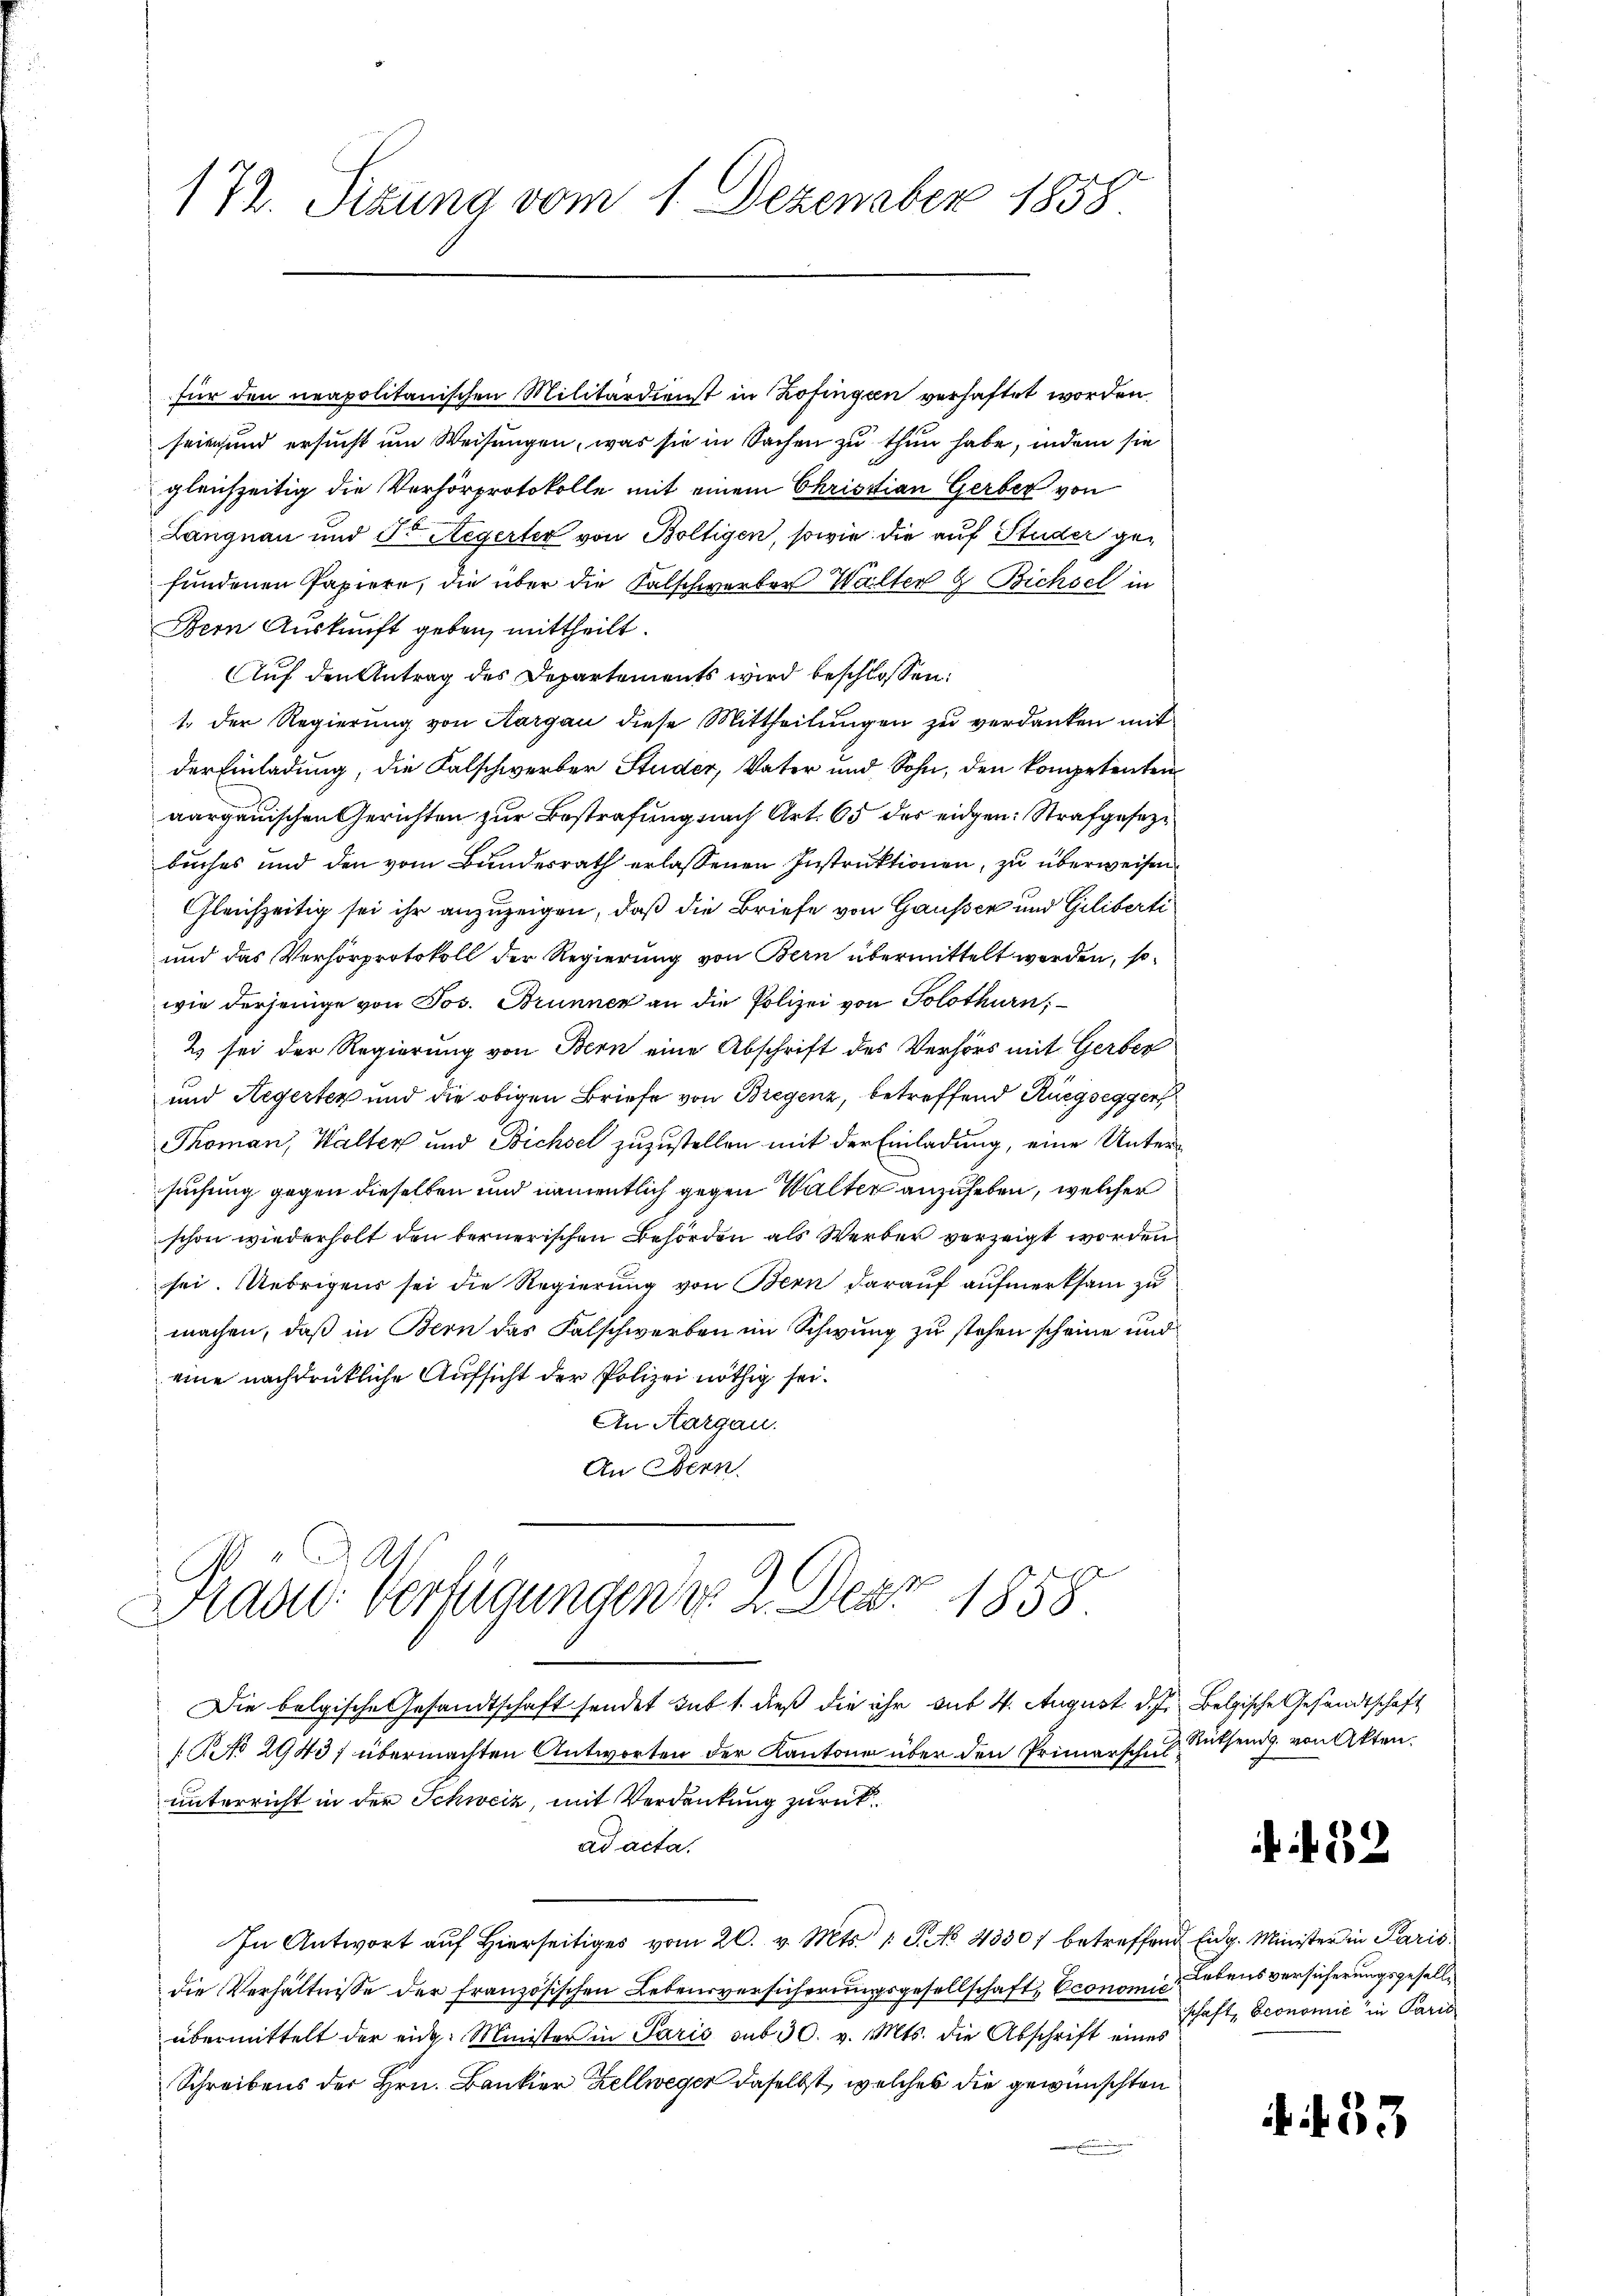
172. Sizung vom 1. Dezember 1858

für den neapolitanischen Militärdienst in Zofingen verhaftet worden
sriesund ersucht um Weisungen, was sie in Sachen zu thun habe, indem sie
gleichzeitig die Verhörprotokolle mit einem Christian Gerber von
Langnau und F. Aegerter von Boltigen, sowie die auf Studer gefundenen Papiere, die über die Falschwerter Walter 2 Bichsel in
Bern Auskunft geben, mittheilt.
Auf den Antrag des Departements wird beschlossen:
1. Der Regierung von Aargau diese Mittheilungen zu verdanken mit
der Einladung, die Falschwerber Studer, Vater und Sohn, den kompetenten
aargauischen Gerichten zur Bestrafung nach Art. 65 des eidgen: Strafgesezbuches und den vom Bundesrath erlassenen Instruktionen, zu überweisen
Gleichzeitig sei ihr anzuzeigen, daß die Briefe von Gausser und Giliberti
und das Verhörprotokoll der Regierung von Bern übermittelt worden, so
wie derjenige von Jos. Brunner an die Polizei von Solothurn,
2 sei der Regierung von Bern eine Abschrift des Verhörs mit Gerber
und Aegerten und die obigen Briefe von Bregenz, betreffend Rüegsegger
Thoman, Walter und Bichsel zuzustellen mit der Einladung, eine Untersuchung gegen dieselben und namentlich gegen Walter anzuheben, welcher
schon wiederholt den bernerischen Behörden als Werber verzeigt worden
sei. Uebrigens sei die Regierung von Bern darauf aufmerksam zu
machen, daß in Bern das Falschwerben im Schwung zu stehen scheine und
eine nachdrückliche Aufsicht der Polizei nöthig sei.
An Aargau.
An Bern
321
Prand Verfügungen d. 2. Der 1858.
Die belgische Gesandtschaft sendet sub 1. dieß die ihr sub 4. August. d. J. belgische Gesandtschaft
[Rck 29437 übermachten Antworten der Kantone über den Primarschulunterricht in der Schweiz, mit Verdankung zurück
ad acta.
In Antwort aŭf hierseitiges vom 20. v. Mts. 1. G. No. 4330) betreffend Eidg. Minister in Paris
die Verhältnisse der französischen Lebensversicherungsgesellschaft, Economic
übermittelt der eidg. Minister in Paris sub 30. v. Mts. die Abschrift eines
Schreibens der Hrn. Bankier Zellweger daselbst, welches die gewünschten

Rüthend von Akten.

f 12

Lebensversicherungsgesellschaft, Economie in Paris

33